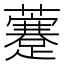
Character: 𧃕